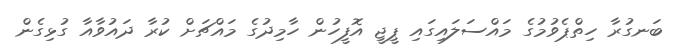
ބަނގުރާ ހިތްޕެވުމުގެ މައްސަލައިގައި ޕީޖީ އޮފީހުން ހާމިދުގެ މައްޗަށް ކުރާ ދައުވާއާ ގުޅިގެން